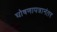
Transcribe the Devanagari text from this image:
घोषणापत्रानंतर